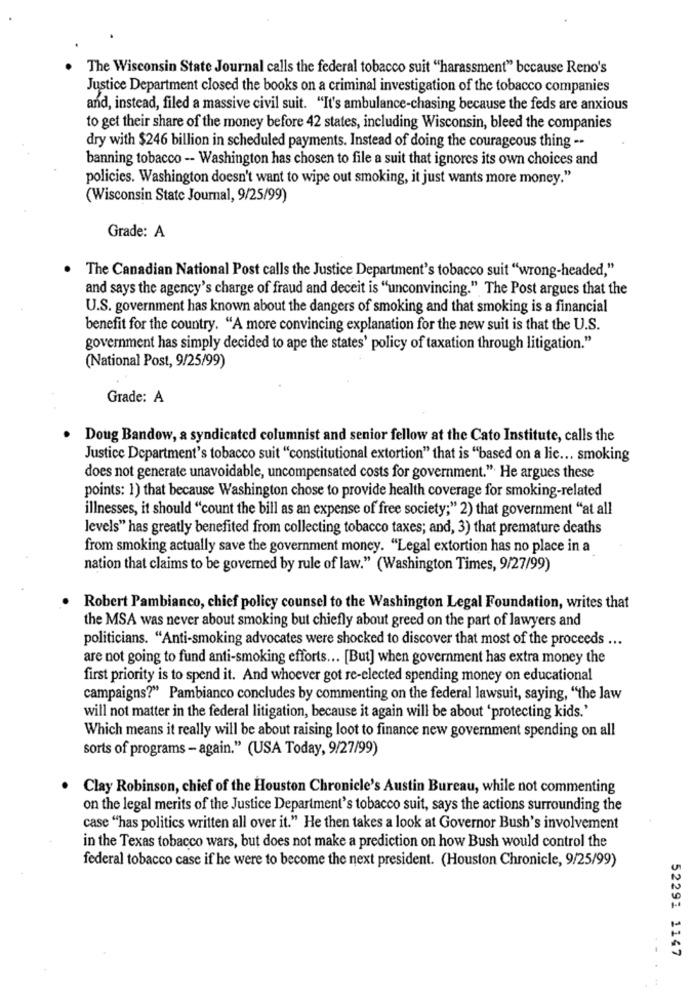
The Wisconsin State Journal calls the federal tobacco suit "harassment" because Reno's
Justice Department closed the books on a criminal investigation of the tobacco companies
and, instead, filed a massive civil suit. "It's ambulance-chasing because the feds are anxious
to get their share of the money before 42 states, including Wisconsin, bleed the companies
dry with $246 billion in scheduled payments. Instead of doing the courageous thing --
banning tobacco -- Washington has chosen to file a suit that ignores its own choices and
policies. Washington doesn't want to wipe out smoking, it just wants more money."
(Wisconsin State Journal, 9/25/99)
Grade: A
The Canadian National Post calls the Justice Department's tobacco suit "wrong-headed,"
and says the agency's charge of fraud and deceit is "unconvincing." The Post argues that the
U.S. government has known about the dangers of smoking and that smoking is a financial
benefit for the country. "A more convincing explanation for the new suit is that the U.S.
government has simply decided to ape the states' policy of taxation through litigation."
(National Post, 9/25/99)
Grade: A
. Doug Bandow, a syndicated columnist and senior fellow at the Cato Institute, calls the
Justice Department's tobacco suit "constitutional extortion" that is "based on a lic ... smoking
does not generate unavoidable, uncompensated costs for government." He argues these
points: 1) that because Washington chose to provide health coverage for smoking-related
illnesses, it should "count the bill as an expense of free society;" 2) that government "at all
levels" has greatly benefited from collecting tobacco taxes; and, 3) that premature deaths
from smoking actually save the government money. "Legal extortion has no place in a
nation that claims to be governed by rule of law." (Washington Times, 9/27/99)
Robert Pambianco, chief policy counsel to the Washington Legal Foundation, writes that
the MSA was never about smoking but chiefly about greed on the part of lawyers and
politicians. "Anti-smoking advocates were shocked to discover that most of the proceeds ...
are not going to fund anti-smoking efforts ... [But] when government has extra money the
first priority is to spend it. And whoever got re-elected spending money on educational
campaigns?" Pambianco concludes by commenting on the federal lawsuit, saying, "the law
will not matter in the federal litigation, because it again will be about 'protecting kids.'
Which means it really will be about raising loot to finance new government spending on all
sorts of programs - again." (USA Today, 9/27/99)
Clay Robinson, chief of the Houston Chronicle's Austin Bureau, while not commenting
on the legal merits of the Justice Department's tobacco suit, says the actions surrounding the
case "has politics written all over it." He then takes a look at Governor Bush's involvement
in the Texas tobacco wars, but does not make a prediction on how Bush would control the
federal tobacco case if he were to become the next president. (Houston Chronicle, 9/25/99)
52291 1147